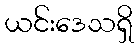
ယင်းဒေသရှိ